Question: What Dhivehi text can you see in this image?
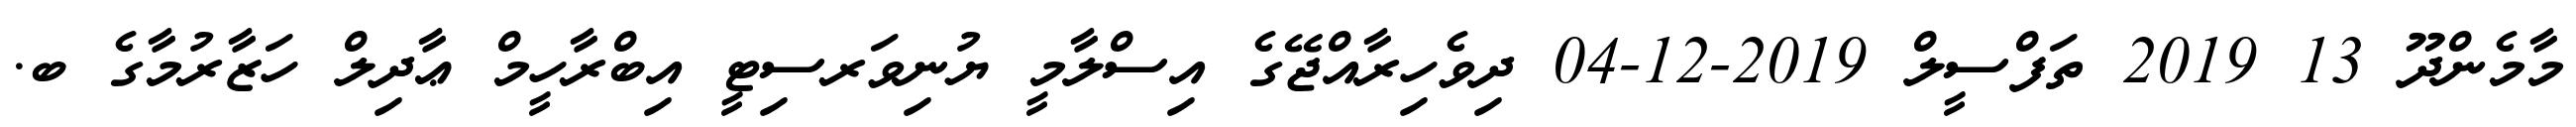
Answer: މާމެންދޫ 13 2019 ތަފްސީލް 2019-12-04 ދިވެހިރާއްޖޭގެ އިސްލާމީ ޔުނިވަރސިޓީ އިބްރާހީމް ޢާދިލް ހަޒާރުމާގެ ބ.